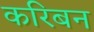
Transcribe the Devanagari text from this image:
करिबन